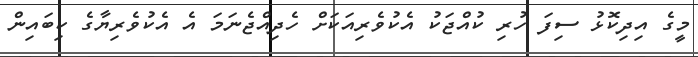
މީގެ އިދިކޮޅު ސިފަ ހުރި ކުއްޖަކު އެކުވެރިއަކަށް ހެދިއްޖެނަމަ އެ އެކުވެރިޔާގެ ކިބައިން